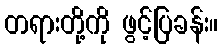
တရားတို့ကို ဖွင့်ပြခန်း။